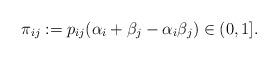
LaTeX: \begin{align*}\pi_{ij} := p_{ij}(\alpha_i + \beta_j - \alpha_i\beta_j)\in(0,1].\end{align*}